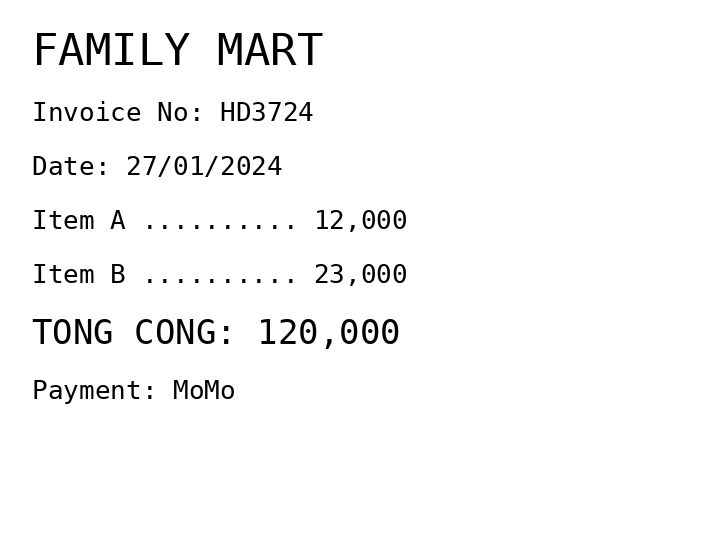
FAMILY MART
Invoice No: HD3724
Date: 27/01/2024
Item A .......... 12,000
Item B .......... 23,000
TONG CONG: 120,000
Payment: MoMo
Merchant: family mart
Date: 2024-01-27
Total: 120000
Invoice No: HD3724
Payment method: MOMO